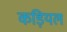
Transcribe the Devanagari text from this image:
कड़ियल